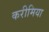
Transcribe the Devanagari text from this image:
करीमिया